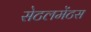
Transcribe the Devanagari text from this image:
सेटलमेंटस